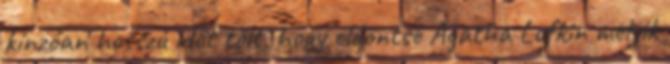
kínzóan hosszú időt tölt, hogy eldöntse Agatha Lufkin melyik